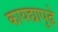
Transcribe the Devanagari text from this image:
कायद्यापुढे